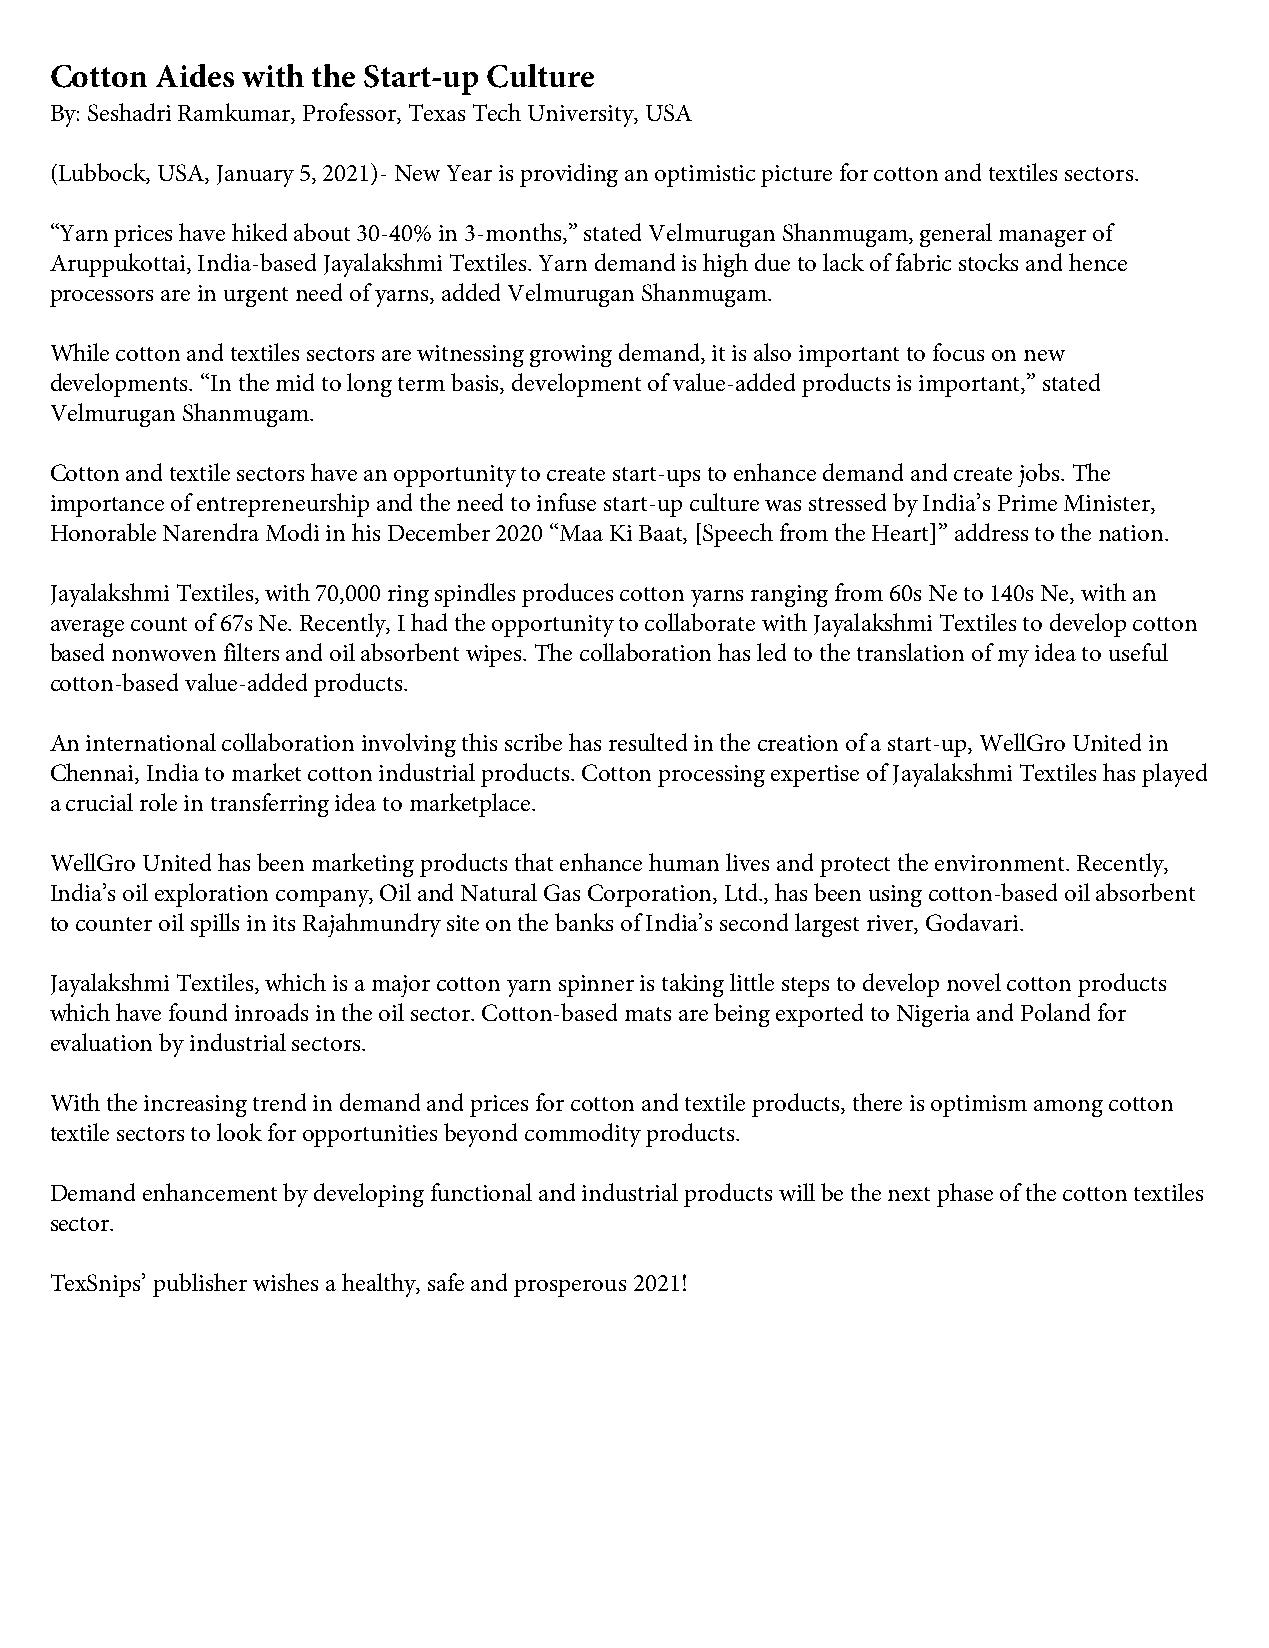
Cotton Aides with the Start-up Culture
 By: Seshadri Ramkumar, Professor, Texas Tech University, USA
 (Lubbock, USA, January 5, 2021)- New Year is providing an optimistic picture for cotton and textiles sectors.
 “Yarn prices have hiked about 30-40% in 3-months,” stated Velmurugan Shanmugam, general manager of
 Aruppukottai, India-based Jayalakshmi Textiles. Yarn demand is high due to lack of fabric stocks and hence
 processors are in urgent need of yarns, added Velmurugan Shanmugam.
 While cotton and textiles sectors are witnessing growing demand, it is also important to focus on new
 developments. “In the mid to long term basis, development of value-added products is important,” stated
 Velmurugan Shanmugam.
 Cotton and textile sectors have an opportunity to create start-ups to enhance demand and create jobs. The
 importance of entrepreneurship and the need to infuse start-up culture was stressed by India’s Prime Minister,
 Honorable Narendra Modi in his December 2020 “Maa Ki Baat, [Speech from the Heart]” address to the nation.
 Jayalakshmi Textiles, with 70,000 ring spindles produces cotton yarns ranging from 60s Ne to 140s Ne, with an
 average count of 67s Ne. Recently, I had the opportunity to collaborate with Jayalakshmi Textiles to develop cotton
 based nonwoven filters and oil absorbent wipes. The collaboration has led to the translation of my idea to useful
 cotton-based value-added products.
 An international collaboration involving this scribe has resulted in the creation of a start-up, WellGro United in
 Chennai, India to market cotton industrial products. Cotton processing expertise of Jayalakshmi Textiles has played
 a crucial role in transferring idea to marketplace.
 WellGro United has been marketing products that enhance human lives and protect the environment. Recently,
 India’s oil exploration company, Oil and Natural Gas Corporation, Ltd., has been using cotton-based oil absorbent
 to counter oil spills in its Rajahmundry site on the banks of India’s second largest river, Godavari.
 Jayalakshmi Textiles, which is a major cotton yarn spinner is taking little steps to develop novel cotton products
 which have found inroads in the oil sector. Cotton-based mats are being exported to Nigeria and Poland for
 evaluation by industrial sectors.
 With the increasing trend in demand and prices for cotton and textile products, there is optimism among cotton
 textile sectors to look for opportunities beyond commodity products.
 Demand enhancement by developing functional and industrial products will be the next phase of the cotton textiles
 sector.
 TexSnips’ publisher wishes a healthy, safe and prosperous 2021!